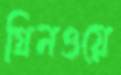
গ্রিনওয়ে